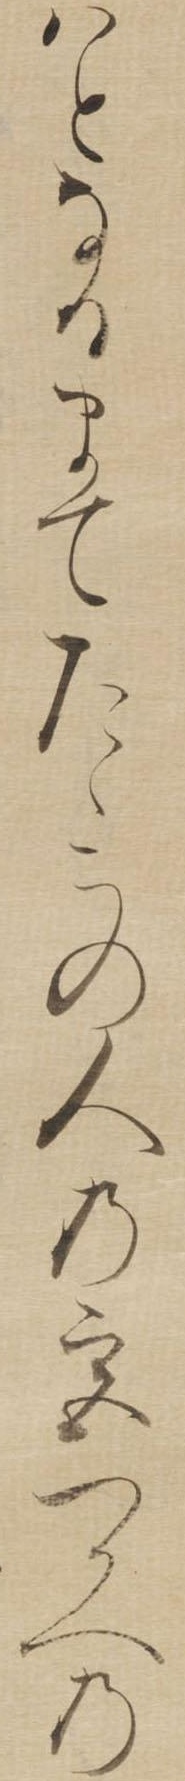
はとなるまてたゝこの人の宮つかへの